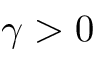
\gamma > 0